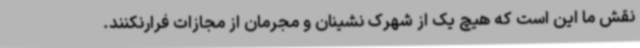
نقش ما این است که هیچ یک از شهرک نشینان و مجرمان از مجازات فرارنکنند.